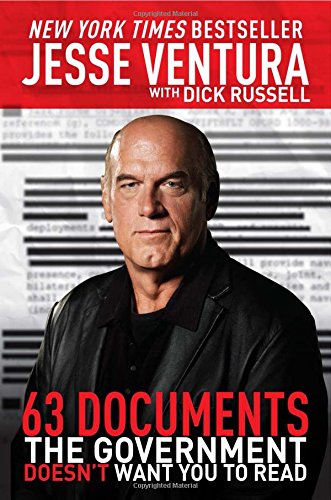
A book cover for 63 Documents the Government Doesn't Want You to Read; Jesse Ventura; Politics & Social Sciences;